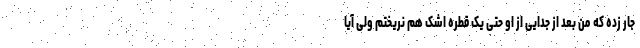
جار زده که من بعد از جدایی از او حتی یک قطره اشک هم نریختم ولی آیا